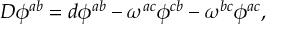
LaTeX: D \phi ^ { a b } = d \phi ^ { a b } - \omega ^ { a c } \phi ^ { c b } - \omega ^ { b c } \phi ^ { a c } ,